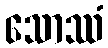
သောဿံ